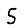
Digit: 5